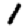
Digit: 1